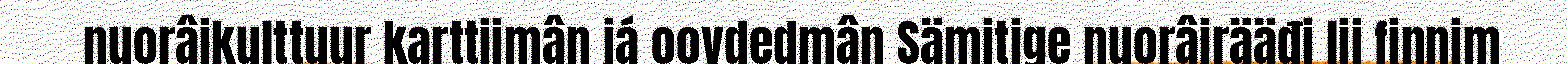
nuorâikulttuur karttiimân já oovdedmân Sämitige nuorâirääđi lii finnim